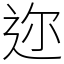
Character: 迩